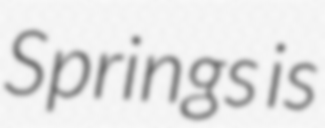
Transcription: Springs is